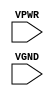
module sky130_fd_sc_hs__tap (
    //# {{power|Power}}
    input VPWR,
    input VGND
);
endmodule